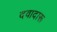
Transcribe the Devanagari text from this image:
दवादारू